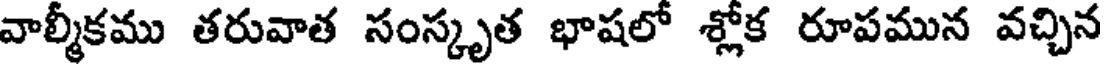
వాల్మీకము తరువాత సంస్కృత భాషలో శ్లోక రూపమున వచ్చిన